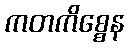
ကတကိစ္စေန